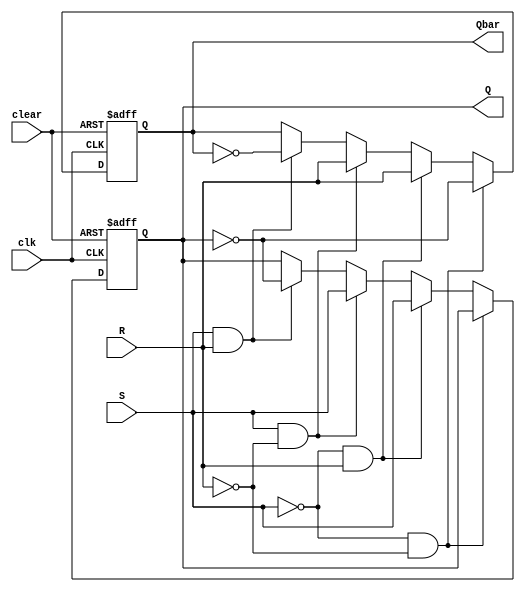
module SR_FF_Nedge(Q, Qbar, S, R, clk, clear);
	
	output Q, Qbar;
	input S, R, clk, clear;
	reg Q, Qbar;
	

	always @(posedge clk or posedge clear)
		begin
			if(clear)
				begin
					Q <= 1'b0;
					Qbar <=1'b1;
				end
			else if(~S && ~R)
				begin
					Q <= Q;
					Qbar <= ~Q;
				end
			else if(~S && R)
				begin
					Q <= S;
					Qbar <= R;
				end
			else if(S && ~R)
				begin
					Q <= S;
					Qbar <= R;
				end
			else if(S && R)
				begin
					Q <= ~Q;
					Qbar <= ~Qbar;
				end
		end

endmodule